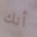
أنك